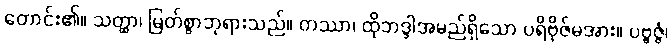
တောင်း၏။ သတ္ထာ၊ မြတ်စွာဘုရားသည်။ တဿာ၊ ထိုဘဒ္ဒါအမည်ရှိသော ပရိဗိုဇ်မအား။ ပဗ္ဗဇ္ဇံ၊